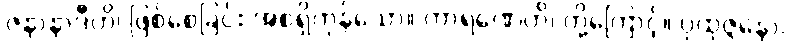
ဇနာနာဒီဟိ၊ ဖြစ်စေခြင်း အစရှိကုန်သော။ ကာရဏေဟိ၊ တို့ကြောင့်။ ပုထုဇ္ဇနော၊